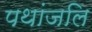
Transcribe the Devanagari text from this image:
पथांजलि